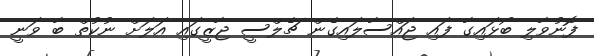
ފޮނުވާލި ބޯޅައިގާ ފައި ޖައްސާލައިގެން ޗެލްސީ ޖާޒީގައި އަލަށް ނުކުތް ބާ ވަނީ